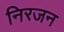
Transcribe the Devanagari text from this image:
निरजन